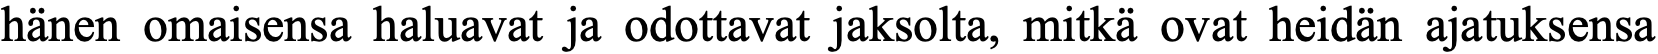
hänen omaisensa haluavat ja odottavat jaksolta, mitkä ovat heidän ajatuksensa